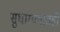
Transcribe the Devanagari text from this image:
सुधारण्यातही